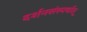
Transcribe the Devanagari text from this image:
दर्शनसंस्पर्षात्